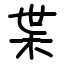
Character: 枼